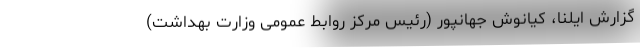
گزارش ایلنا، کیانوش جهانپور (رئیس مرکز روابط عمومی وزارت بهداشت)